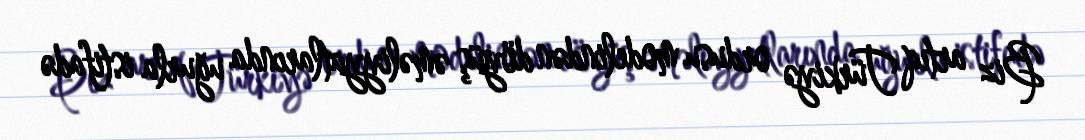
Biz artıq Türkiyə ordusu modelindən döyüş əməliyyatlarında uğurla istifadə